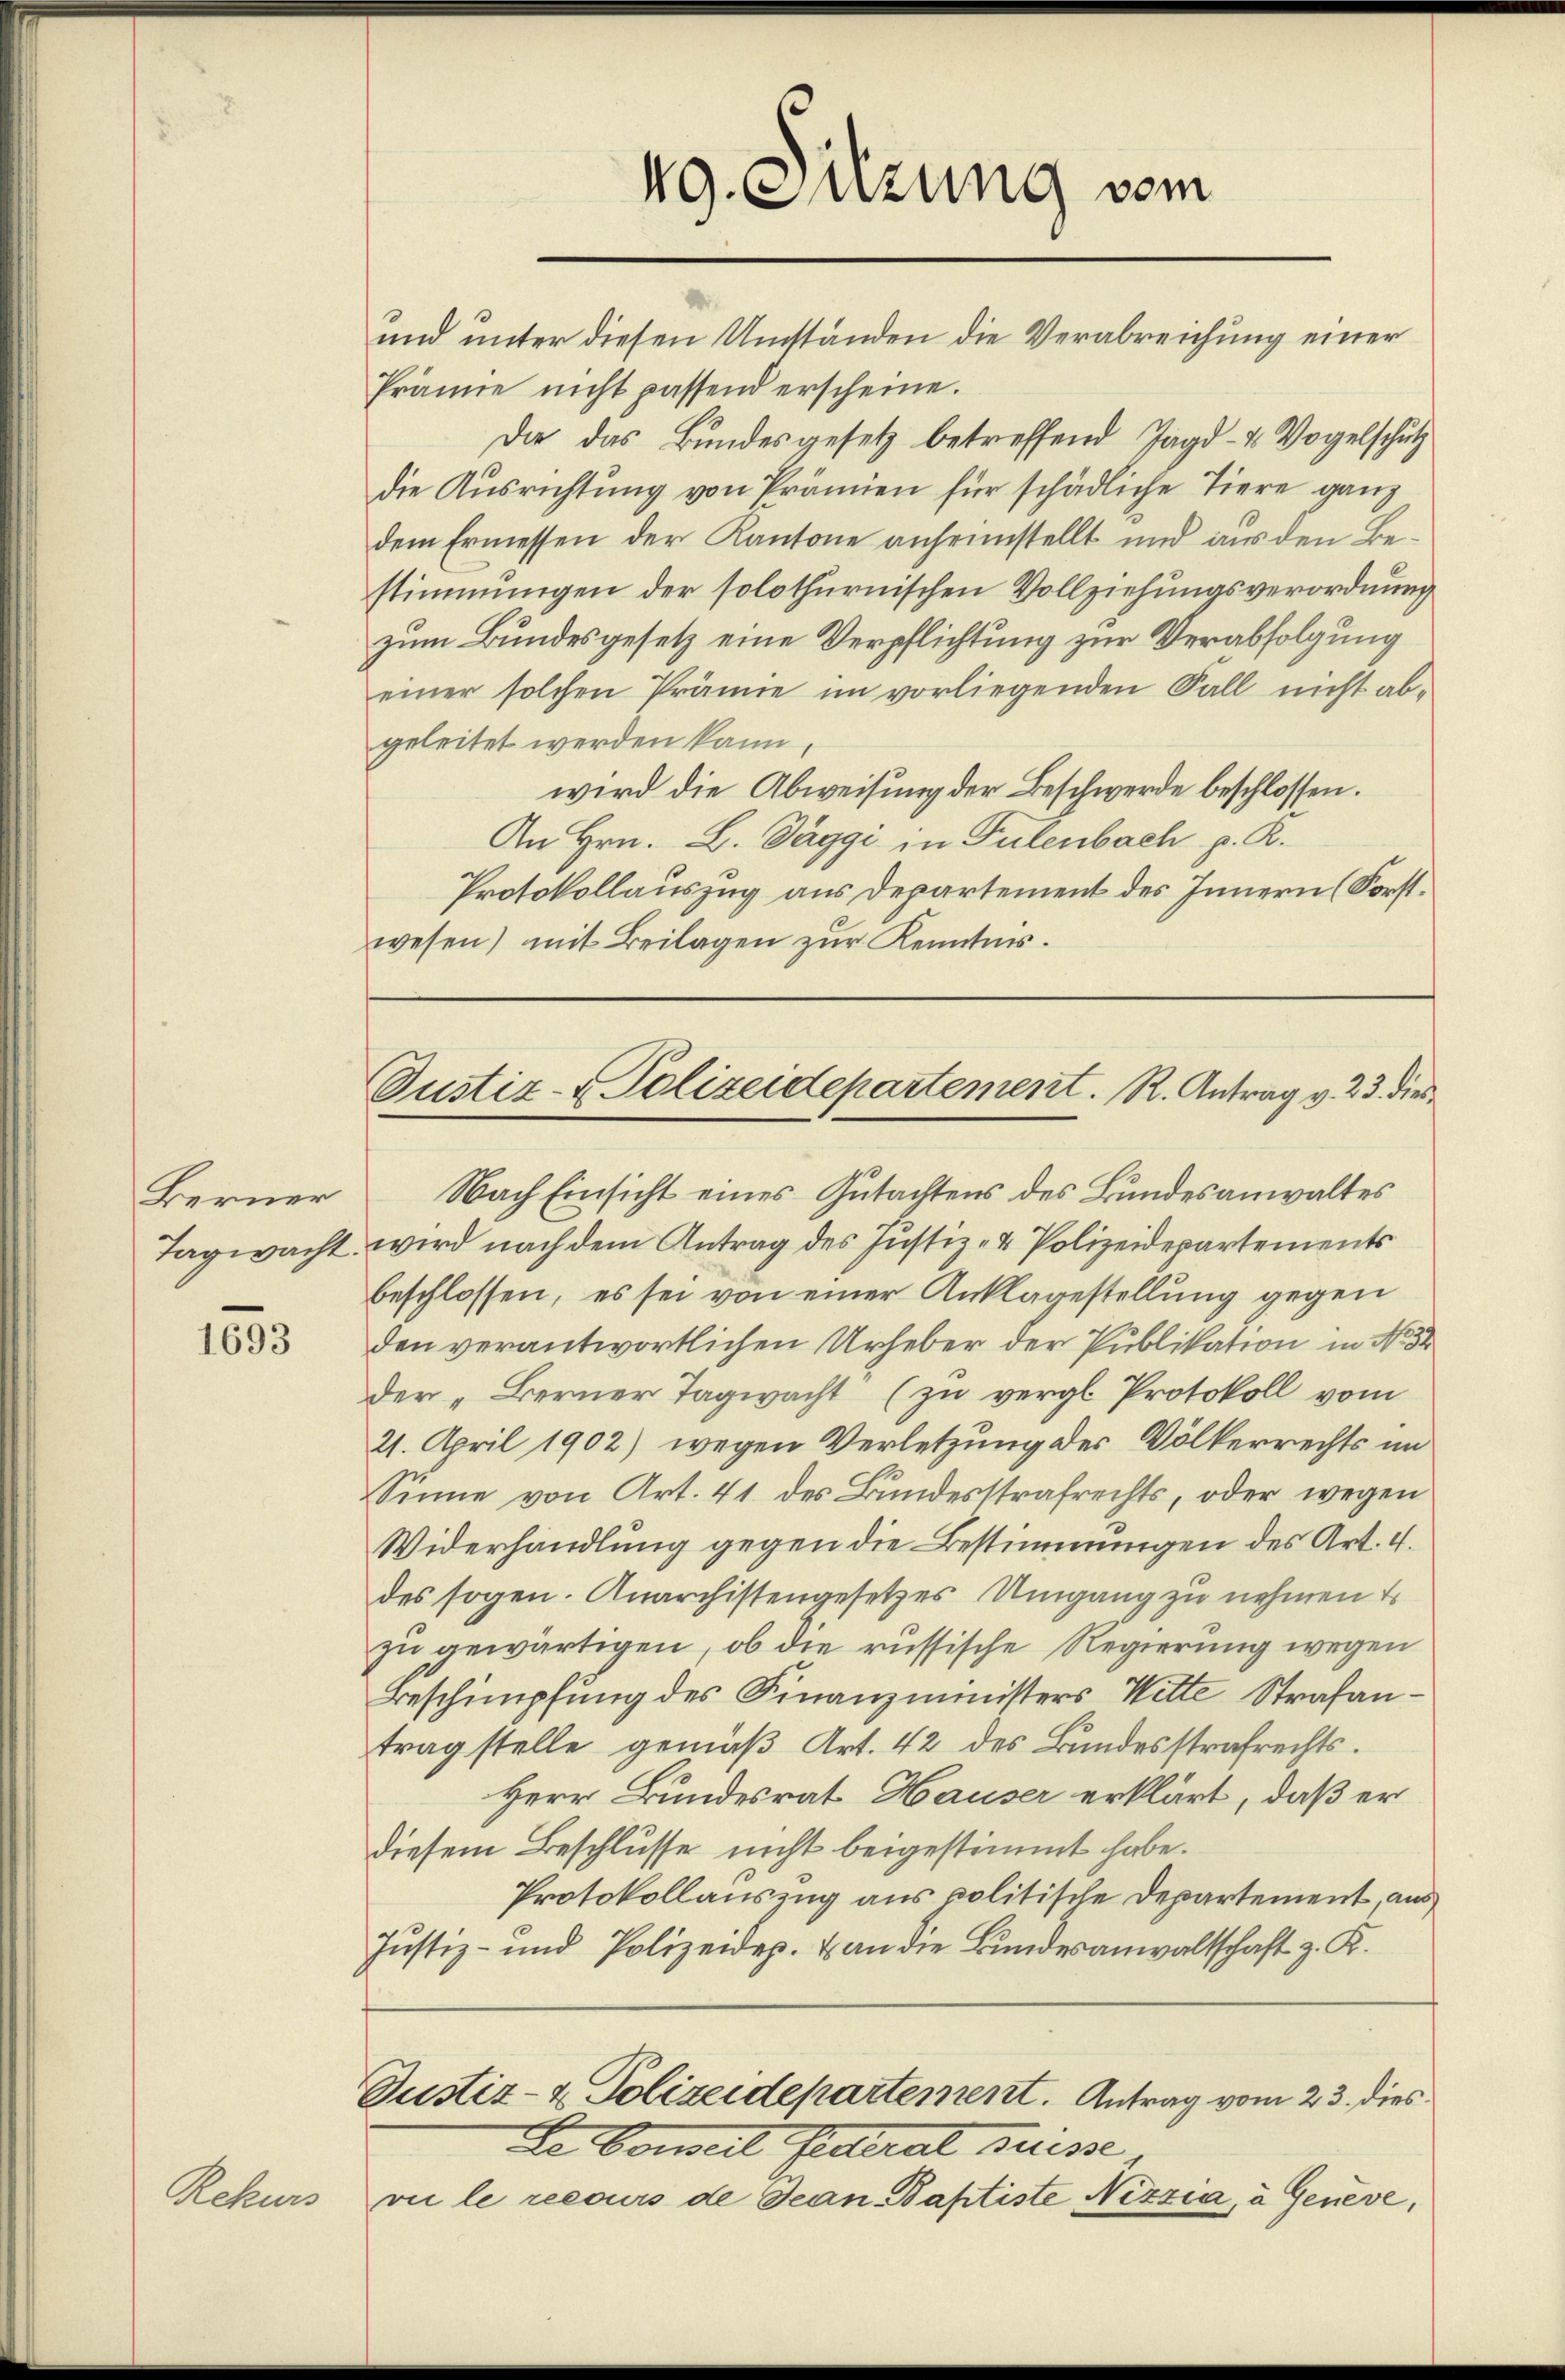
Berner

1693

Rekurs

Prämie nicht passend erscheine.
Die das Bundesgesetz betreffend Jagd- u Vogelschutz
die Ausrichtung von Prämien für schädliche Tiere ganz
dem Ermessen der Kantone anheimstellt und aus den Bestimmungen der solothurnischen Vollziehungsverordnung
zum Bundesgesetz eine Verpflichtung zur Verabfolgung
einer solchen Prämie im vorliegenden Fall nicht ab-
geleitet werden kann,
wird die Abweisung der Beschwerde beschlossen.
An Hrn. L. Tagge in Pulenbach p. R.
Protokollauszug aus Departement des Innern (Forstwesen) mit Beilagen zur Kenntnis.

49. Sitzung vom
und unter diesen Umständen die Verabreichung einer

Justiz- & Polizeidepartement. R. Antrag v. 23. die

Nach Einsicht eines Gutachtens des Bundesanwaltes
Tagwacht wird nach dem Antrag des Justiz- & Polizeidepartements
beschlossen, es sei von einer Anklagestellung gegen
den verantwortlichen Urheber der Publikation in No. 54
der „Berner Tagwacht (zu vergl. Protokoll vom
21. April 1902) wegen Verletzung der Völkerrechts im
Sinne von Art. 41. des Bundesstrafrechts, oder wegen
Widerhandlung gegen die Bestimmungen des Art. 4.
des sogen. Anarchistengesetzes Umgang zu nehmen E
zu gewärtigen, ob die russische Regierung wegen
Beschimpfung des Finanzministers Wette Strafantrag stelle gemäß Art. 42 des Bundesstrafrechts.
Herr Bundesrat Hauser erklärt, daß er
diesem Beschlusse nicht beigestimmt habe.
Protokollauszug aus politische Departement, aus
Justiz- und Polizeidep. & an die Bundesanwaltschaft z. K.
Justiz- & Polizeidepartement. Antrag vom 23. dies
Da Conseil federal Suisse
vii le recours de Jean Baptiste Nizzia, a Geneve,